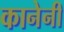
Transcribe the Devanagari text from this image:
कानेनी